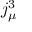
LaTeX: j _ { \mu } ^ { 3 }